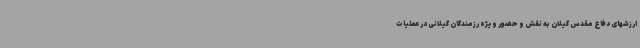
ارزشهای دفاع مقدس گیلان به نقش و حضور ویژه رزمندگان گیلانی در عملیات